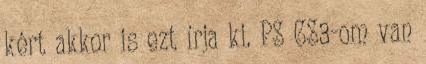
kért akkor is ezt írja ki. PS CS3-om van